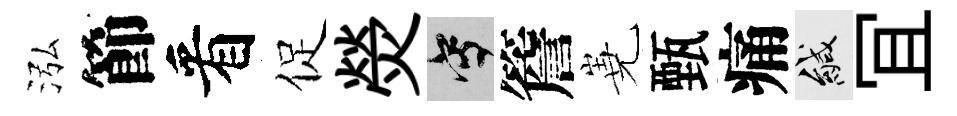
泓節看促熒寫簷嶤甄痛緘冝